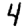
Digit: 4